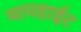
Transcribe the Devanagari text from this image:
मापहाईट